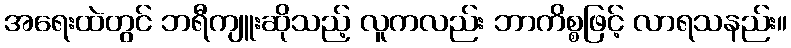
အရေးထဲတွင် ဘရီကျူးဆိုသည့် လူကလည်း ဘာကိစ္စဖြင့် လာရသနည်း။